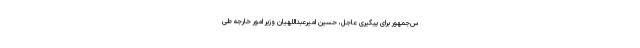
س‌جمهور برای پیگیری عاجل، حسین امیرعبداللهیان وزیر امور خارجه طی